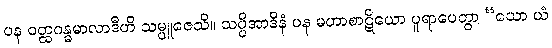
ပန ဝတ္ထဂန္ဓမာလာဒီဟိ သမ္ပူဇေသိ။ သပ္ပိအာဒီနံ ပန မဟာစာဋိယော ပူရာပေတွာ “ယော ယံ